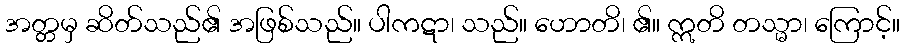
အတ္တမှ ဆိတ်သည်၏ အဖြစ်သည်။ ပါကဋာ၊ သည်။ ဟောတိ၊ ၏။ ဣတိ တသ္မာ၊ ကြောင့်။